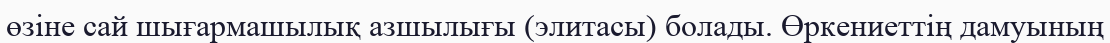
өзіне сай шығармашылық азшылығы (элитасы) болады. Өркениеттің дамуының